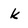
Character: k